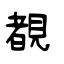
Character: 覩